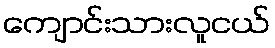
ကျောင်းသားလူငယ်